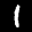
Label: 1